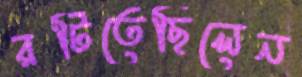
রটিতেছিলেন